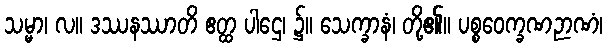
သမ္မာ၊ လ။ ဒဿနဿာတိ ဧတ္ထ ပါဌေ၊ ၌။ သေက္ခာနံ၊ တို့၏။ ပစ္စဝေက္ခဏဉာဏံ၊